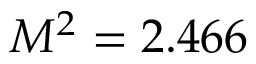
M ^ { 2 } = 2 . 4 6 6